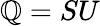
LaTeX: \mathbb{Q}=SU